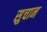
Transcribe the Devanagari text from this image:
सुचान